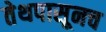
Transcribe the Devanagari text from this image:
तेथपासूनच